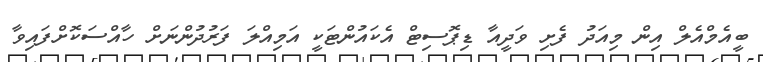
ބީއެމްއެލް އިން މިއަދު ފެށި ވަދީއާ ޑިޕޮސިޓް އެކައުންޓަކީ އަމިއްލަ ފަރުދުންނަށް ހާއްސަކޮށްފައިވާ